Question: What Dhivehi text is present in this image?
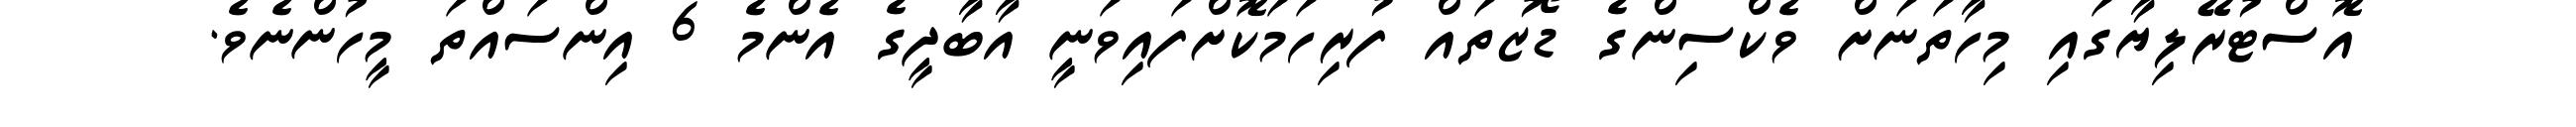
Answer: އޮސްޓުރޭލިޔާގައި މިހާތަނަށް ވެކްސިންގެ ޑޯޒުތައް ފުރިހަމަކޮށްފައިވަނީ އާބާދީގެ އެންމެ 6 އިންސައްތަ މީހުންނެވެ.